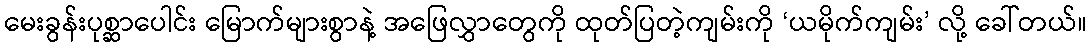
မေးခွန်းပုစ္ဆာပေါင်း မြောက်များစွာနဲ့ အဖြေလွှာတွေကို ထုတ်ပြတဲ့ကျမ်းကို ‘ယမိုက်ကျမ်း’ လို့ ခေါ်တယ်။